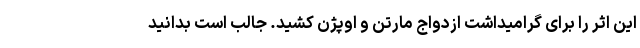
این اثر را برای گرامیداشت ازدواج مارتن و اوپژن کشید. جالب است بدانید